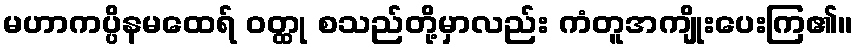
မဟာကပ္ပိနမထေရ် ဝတ္ထု စသည်တို့မှာလည်း ကံတူအကျိုးပေးကြ၏။